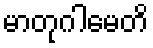
မာတုဂါမေတိ